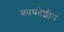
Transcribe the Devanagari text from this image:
कायदेशीय